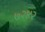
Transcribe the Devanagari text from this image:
७२४२